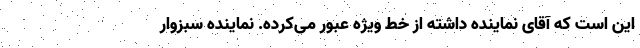
این است که آقای نماینده داشته از خط ویژه عبور می‌کرده. نماینده سبزوار